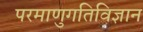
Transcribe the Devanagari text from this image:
परमाणुगतिविज्ञान